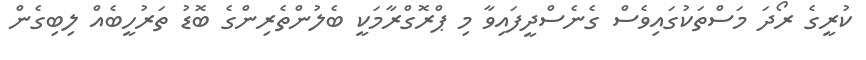
ކުރީގެ ރޯދަ މަސްތަކުގައިވެސް ގެނެސްދީފައިވާ މި ޕްރޮގްރާމަކީ ބެލުންތެރިންގެ ބޮޑު ތަރުހީބެއް ލިބިގެން